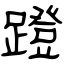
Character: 蹬